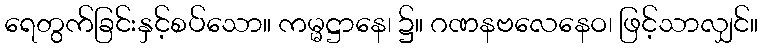
ရေတွက်ခြင်းနှင့်စပ်သော။ ကမ္မဋ္ဌာနေ၊ ၌။ ဂဏနဗလေနေဝ၊ ဖြင့်သာလျှင်။